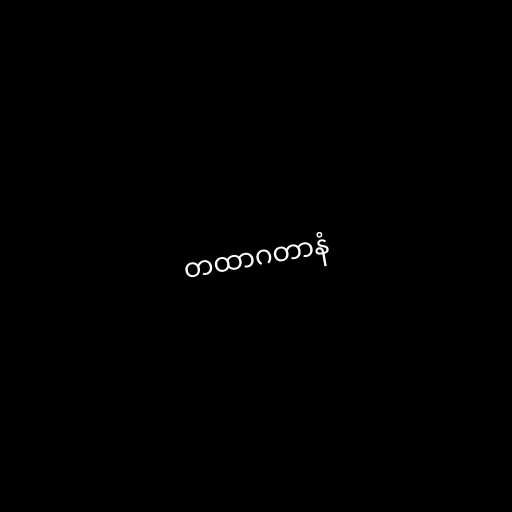
တထာဂတာနံ